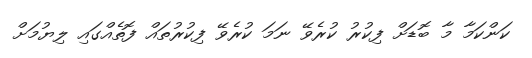
ކަންކަމާ މާ ބޮޑަށް ފިކުރު ކުރެވޭ ނަމަ ކުރެވޭ ފިކުރުތައް ފޮތެއްގައި ލިޔުމަށް